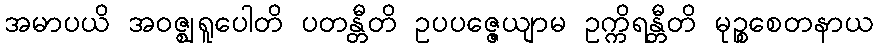
အမာပယိ အဝဇ္ဈရူပေါတိ ပတန္တီတိ ဥပပဇ္ဇေယျာမ ဥက္ကိရန္တီတိ မုဉ္စစေတနာယ